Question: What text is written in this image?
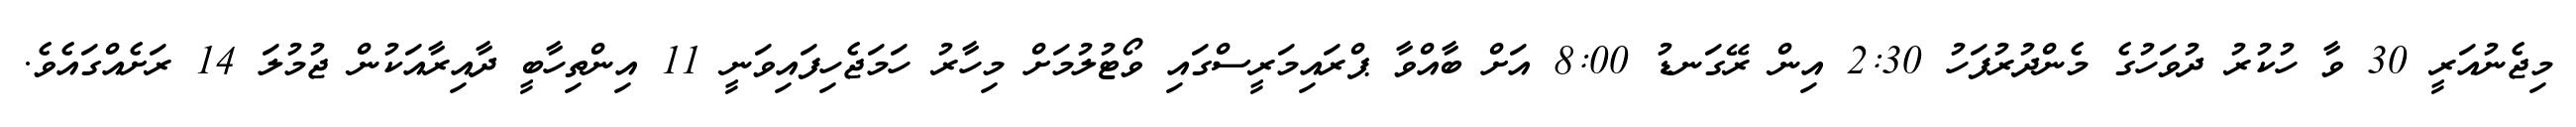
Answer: މިޖެނުއަރީ 30 ވާ ހުކުރު ދުވަހުގެ މެންދުރުފަހު 2:30 އިން ރޭގަނޑު 8:00 އަށް ބާއްވާ ޕްރައިމަރީސްގައި ވޯޓުލުމަށް މިހާރު ހަމަޖެހިފައިވަނީ 11 އިންތިހާބީ ދާއިރާއަކުން ޖުމުލަ 14 ރަށެއްގައެވެ.